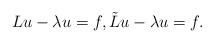
LaTeX: \begin{align*} Lu -\lambda u =f, \tilde Lu -\lambda u =f.\end{align*}